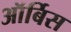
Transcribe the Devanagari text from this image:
ऑर्बिस